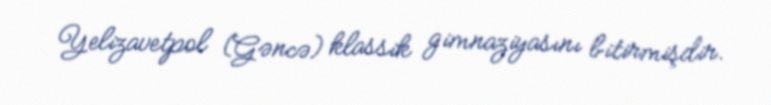
Yelizavetpol (Gəncə) klassik gimnaziyasını bitirmişdir.